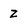
Character: z